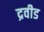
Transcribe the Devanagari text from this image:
द्रवीड